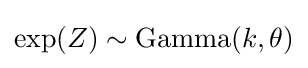
\exp(Z)\sim {\text{Gamma}}(k,\theta )